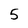
Character: 5